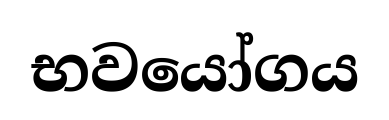
භවයෝගය